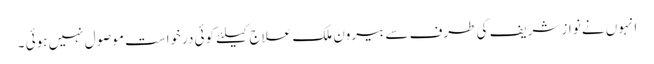
انہوں نے نواز شریف کی طرف سے بیرون ملک علاج کیلئے کوئی درخواست موصول نہیں ہوئی ۔